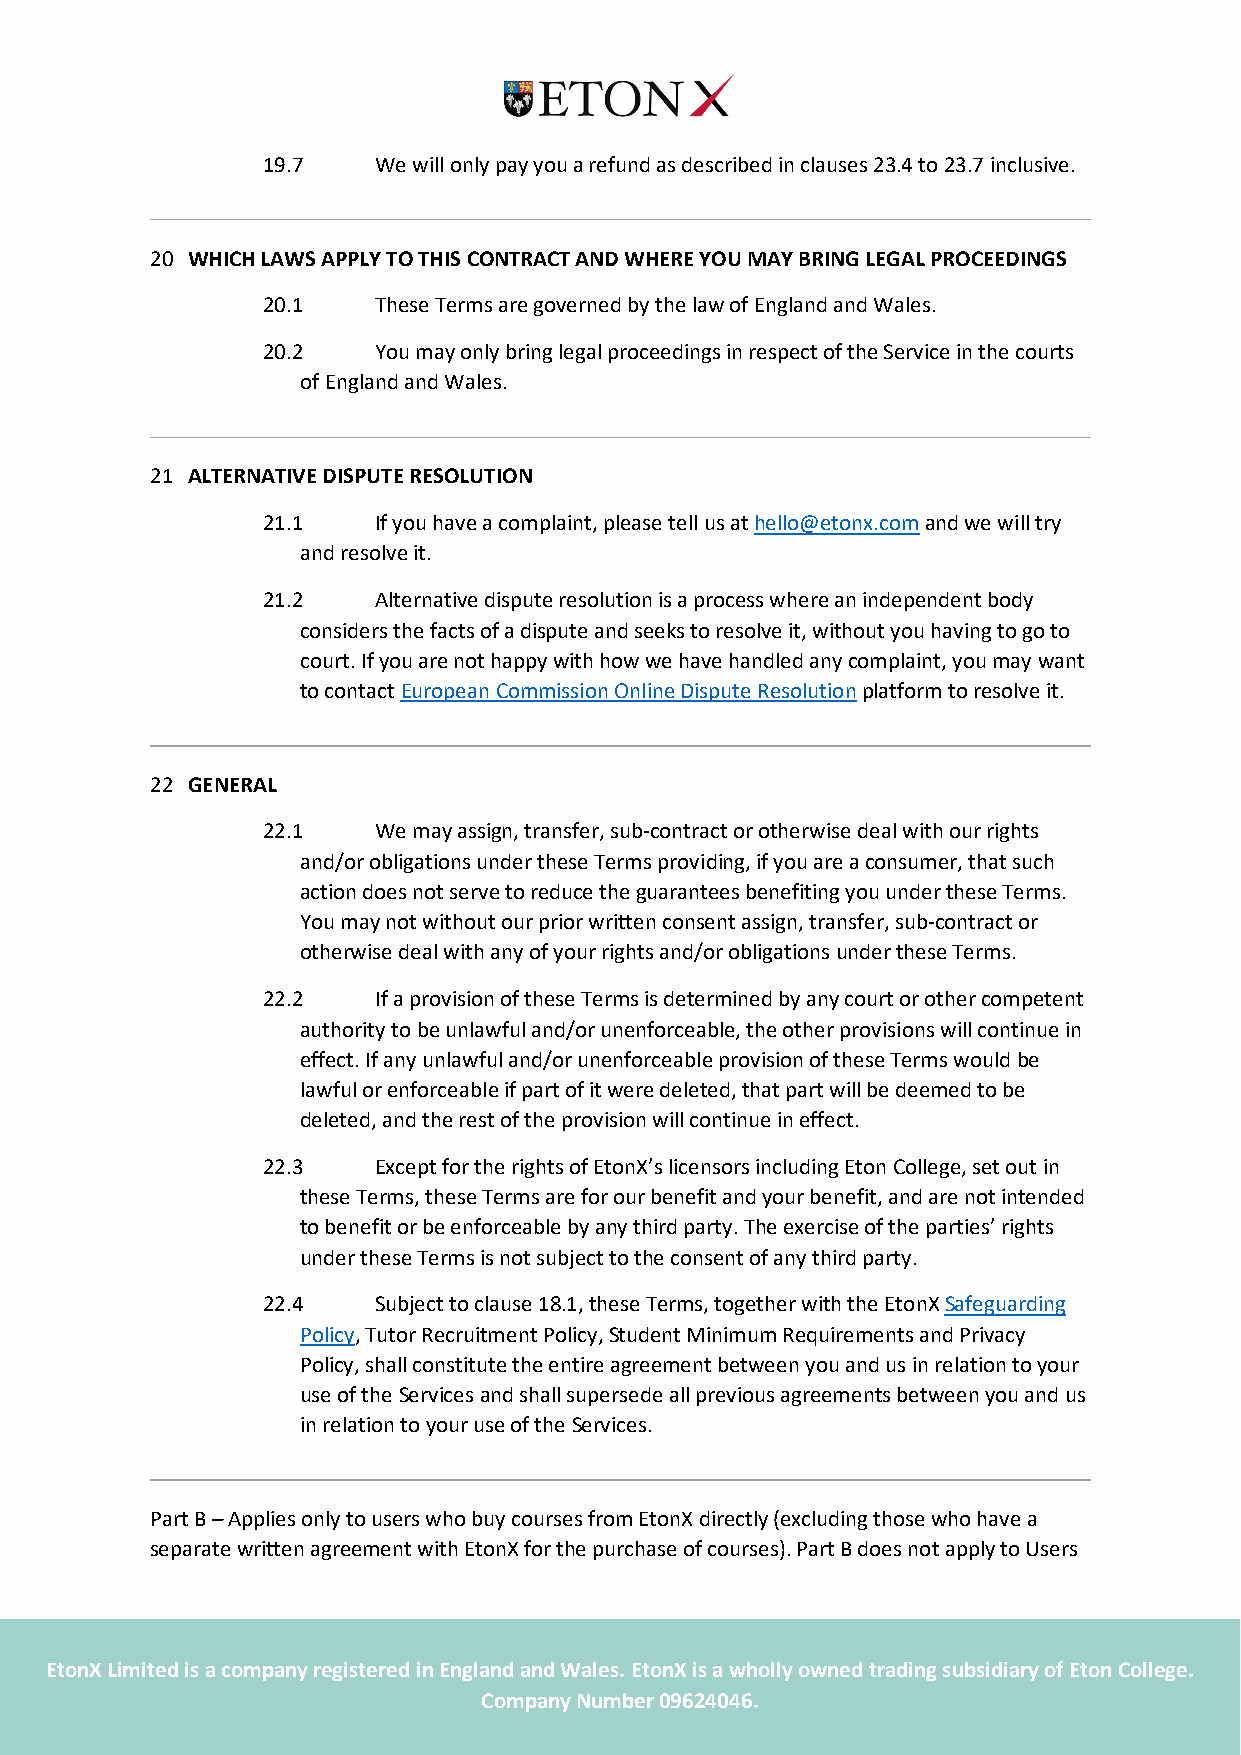
19.7    We will only pay you a refund as described in clauses 23.4 to 23.7 inclusive.
 20 WHICH LAWS APPLY TO THIS CONTRACT AND WHERE YOU MAY BRING LEGAL PROCEEDINGS
 20.1    These Terms are governed by the law of England and Wales.
 20.2    You may only bring legal proceedings in respect of the Service in the courts
 of England and Wales.
 21 ALTERNATIVE DISPUTE RESOLUTION
 21.1    If you have a complaint, please tell us at hello@etonx.com and we will try
 and resolve it.
 21.2    Alternative dispute resolution is a process where an independent body
 considers the facts of a dispute and seeks to resolve it, without you having to go to
 court. If you are not happy with how we have handled any complaint, you may want
 to contact European Commission Online Dispute Resolution platform to resolve it.
 22 GENERAL
 22.1    We may assign, transfer, sub-contract or otherwise deal with our rights
 and/or obligations under these Terms providing, if you are a consumer, that such
 action does not serve to reduce the guarantees benefiting you under these Terms.
 You may not without our prior written consent assign, transfer, sub-contract or
 otherwise deal with any of your rights and/or obligations under these Terms.
 22.2    If a provision of these Terms is determined by any court or other competent
 authority to be unlawful and/or unenforceable, the other provisions will continue in
 effect. If any unlawful and/or unenforceable provision of these Terms would be
 lawful or enforceable if part of it were deleted, that part will be deemed to be
 deleted, and the rest of the provision will continue in effect.
 22.3    Except for the rights of EtonX’s licensors including Eton College, set out in
 these Terms, these Terms are for our benefit and your benefit, and are not intended
 to benefit or be enforceable by any third party. The exercise of the parties’ rights
 under these Terms is not subject to the consent of any third party.
 22.4    Subject to clause 18.1, these Terms, together with the EtonX Safeguarding
 Policy, Tutor Recruitment Policy, Student Minimum Requirements and Privacy
 Policy, shall constitute the entire agreement between you and us in relation to your
 use of the Services and shall supersede all previous agreements between you and us
 in relation to your use of the Services.
 Part B – Applies only to users who buy courses from EtonX directly (excluding those who have a
 separate written agreement with EtonX for the purchase of courses). Part B does not apply to Users
 EtonX Limit ed is a company registered in England and Wales. EtonX is a wholly owned trading subsidiary of Eton College.
 Company Number 09624046.